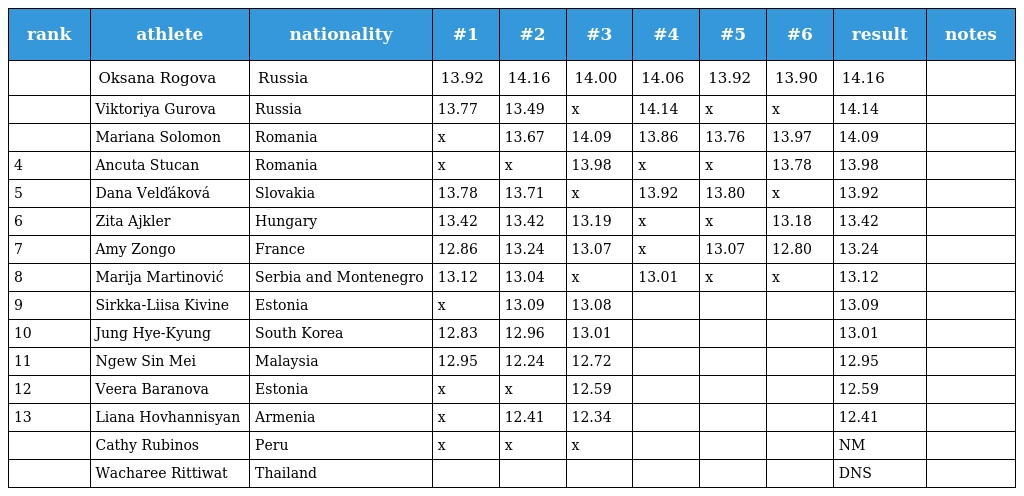
| rank | athlete | nationality | #1 | #2 | #3 | #4 | #5 | #6 | result | notes |
 | --- | --- | --- | --- | --- | --- | --- | --- | --- | --- | --- |
 |  | Oksana Rogova | Russia | 13.92 | 14.16 | 14.00 | 14.06 | 13.92 | 13.90 | 14.16 |  |
 |  | Viktoriya Gurova | Russia | 13.77 | 13.49 | x | 14.14 | x | x | 14.14 |  |
 |  | Mariana Solomon | Romania | x | 13.67 | 14.09 | 13.86 | 13.76 | 13.97 | 14.09 |  |
 | 4 | Ancuta Stucan | Romania | x | x | 13.98 | x | x | 13.78 | 13.98 |  |
 | 5 | Dana Velďáková | Slovakia | 13.78 | 13.71 | x | 13.92 | 13.80 | x | 13.92 |  |
 | 6 | Zita Ajkler | Hungary | 13.42 | 13.42 | 13.19 | x | x | 13.18 | 13.42 |  |
 | 7 | Amy Zongo | France | 12.86 | 13.24 | 13.07 | x | 13.07 | 12.80 | 13.24 |  |
 | 8 | Marija Martinović | Serbia and Montenegro | 13.12 | 13.04 | x | 13.01 | x | x | 13.12 |  |
 | 9 | Sirkka-Liisa Kivine | Estonia | x | 13.09 | 13.08 |  |  |  | 13.09 |  |
 | 10 | Jung Hye-Kyung | South Korea | 12.83 | 12.96 | 13.01 |  |  |  | 13.01 |  |
 | 11 | Ngew Sin Mei | Malaysia | 12.95 | 12.24 | 12.72 |  |  |  | 12.95 |  |
 | 12 | Veera Baranova | Estonia | x | x | 12.59 |  |  |  | 12.59 |  |
 | 13 | Liana Hovhannisyan | Armenia | x | 12.41 | 12.34 |  |  |  | 12.41 |  |
 |  | Cathy Rubinos | Peru | x | x | x |  |  |  | NM |  |
 |  | Wacharee Rittiwat | Thailand |  |  |  |  |  |  | DNS |  |